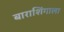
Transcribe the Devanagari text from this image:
बाराशिंगाला